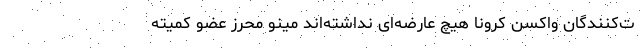
ت‌کنندگان واکسن کرونا هیچ عارضه‌ای نداشته‌اند مینو محرز عضو کمیته